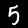
Label: 5